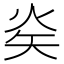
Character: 𭿿